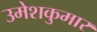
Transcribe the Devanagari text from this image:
उमेशकुमार